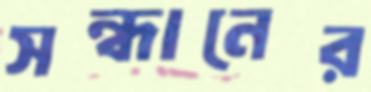
সন্ধানের